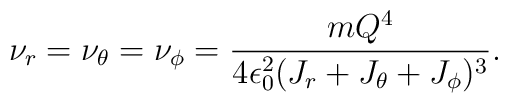
\nu_r=\nu_\theta=\nu_\phi={{mQ^4}\over{4\epsilon_0^2(J_r+J_\theta+J_\phi)^3}}.